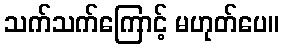
သက်သက်ကြောင့် မဟုတ်ပေ။